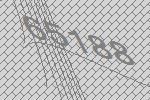
65188